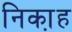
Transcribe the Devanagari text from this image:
निका़ह